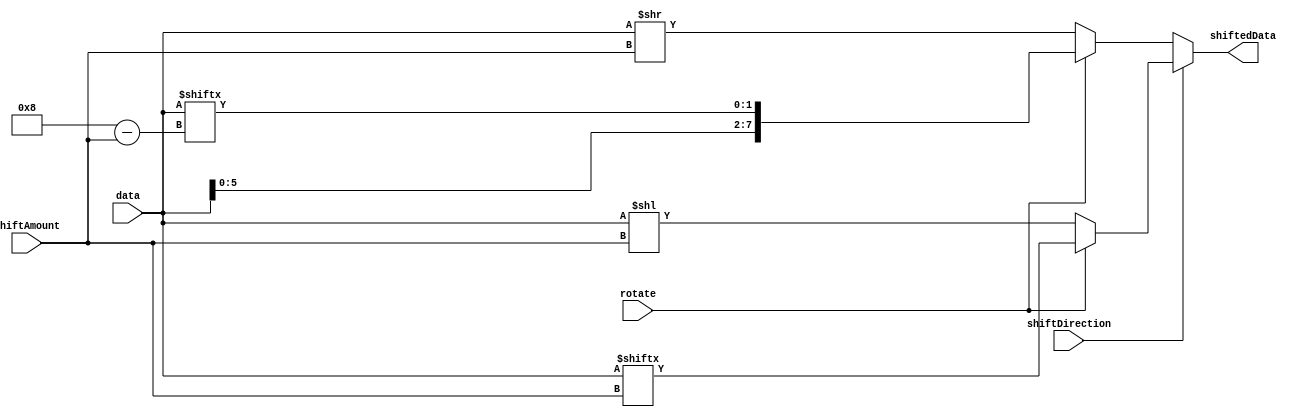
module CircularBarrelShifter(
    input wire [7:0] data,
    input wire [2:0] shiftAmount,
    input wire shiftDirection, // 0 for right shift, 1 for left shift
    input wire rotate,
    output reg [7:0] shiftedData
);

    always @* begin
        if(shiftDirection == 0) begin
            if(rotate == 1) begin
                shiftedData = {data[(8-shiftAmount-1):0], data[7:(8-shiftAmount)]};
            end else begin
                shiftedData = data >> shiftAmount;
            end
        end else begin
            if(rotate == 1) begin
                shiftedData = {data[shiftAmount:7], data[7:shiftAmount]};
            end else begin
                shiftedData = data << shiftAmount;
            end
        end
    end

endmodule